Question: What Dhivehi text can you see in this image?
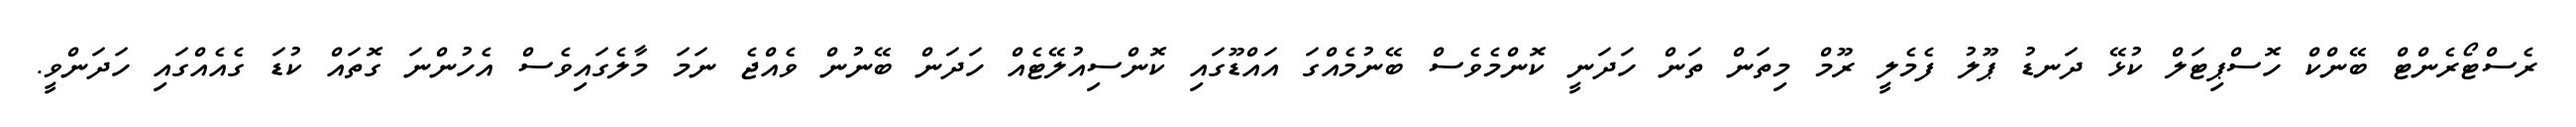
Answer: ރެސްޓޯރެންޓް ބޭންކް ހޮސްޕިޓަލް ކުޅޭ ދަނޑު ޕޫލު ފެމެލީ ރޫމް މިތަން ތަން ހަދަނީ ކޮންމެވެސް ބޭނުމެއްގަ އައްޑޫގައި ކޮންސިއުލޭޓެއް ހަދަން ބޭނުން ވެއްޖެ ނަމަ މާލެގައިވެސް އެހުންނަ ގޮތައް ކުޑަ ގެއެއްގައި ހަދަންވީ.